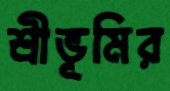
শ্রীভূমির